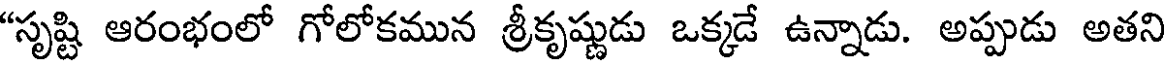
"సృష్టి ఆరంభంలో గోలోకమున శ్రీకృష్ణుడు ఒక్కడే ఉన్నాడు. అప్పుడు అతని